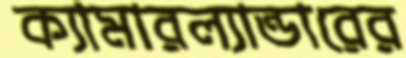
ক্যামারল্যান্ডারের